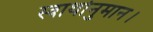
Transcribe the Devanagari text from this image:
स्वार्थानुमान।